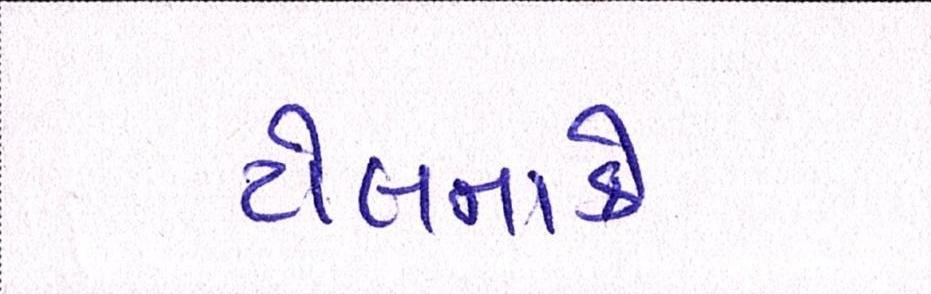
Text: ટોલનાકે